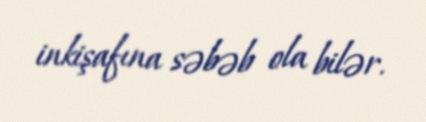
inkişafına səbəb ola bilər.